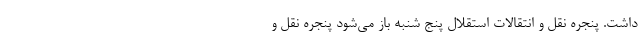
داشت. پنجره نقل و انتقالات استقلال پنج شنبه باز می‌شود پنجره نقل و